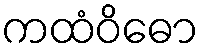
ကထံဝိဓော